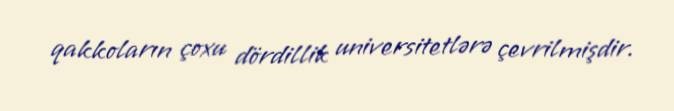
qakkoların çoxu dördillik universitetlərə çevrilmişdir.